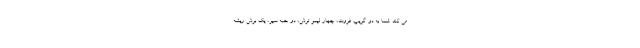
می کند. شما به دو گریپ فروت، چهار لیمو ترش، دو حبه سیر، یک برش ریشه